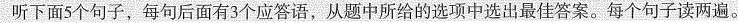
听下面5个句子，每句后面有3个应答语，从题中所给的选项中选出最佳答案。每个句子读两遍。